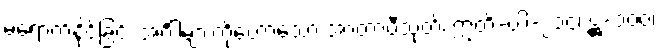
မရောက်နိုင်ခြင်း အင်္ဂါများကိုဟောသော အာတာပီသုတ်၊ ဣတိ-ပါ-၂၁၄၊ ဋ္ဌ-၁၀၀၊